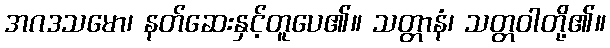
အဂဒသမော၊ နတ်ဆေးနှင့်တူပေ၏။ သတ္တာနံ၊ သတ္တဝါတို့၏။